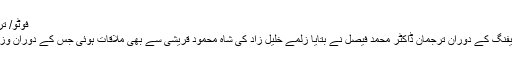
فوٹو/ ترجمان دفتر خارجہ آفیشل ٹوئٹر اکاؤنٹ
اسلام آباد: دفتر خارجہ میں ہفتہ وار بریفنگ کے دوران ترجمان ڈاکٹر محمد فیصل نے بتایا زلمے خلیل زاد کی شاہ محمود قریشی سے بھی ملاقات ہوئی جس کے دوران وزیر خارجہ نے تعاون کا یقین دلایا ہے۔